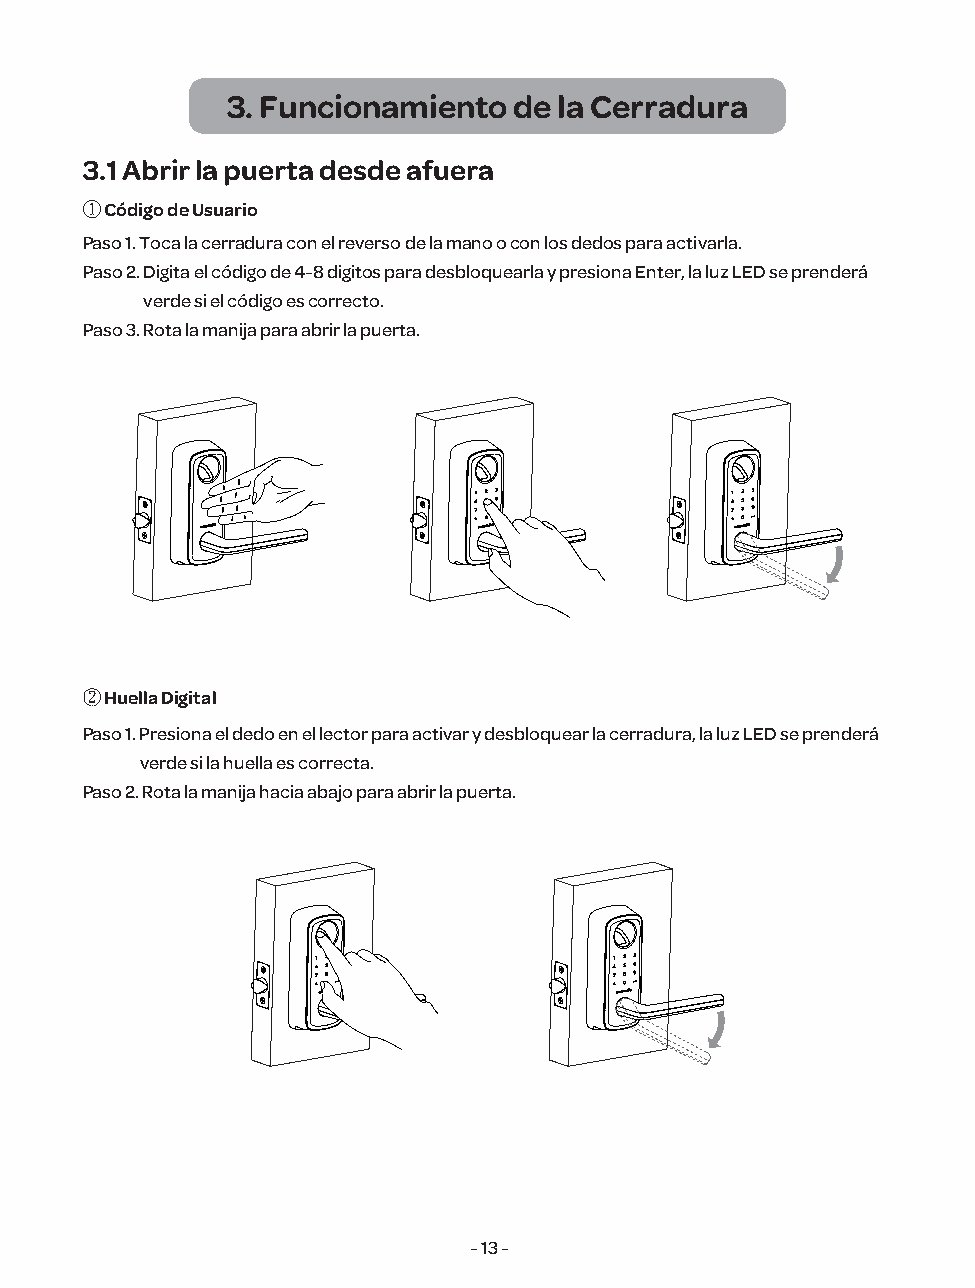
3. Funcionamiento  de la Cerradura
 3.1 Abrir la puerta desde afuera
 ① Código de Usuario
 Paso 1. Toca la cerradura con el reverso de la mano o con los dedos para activarla.
 Paso 2. Digita el código de 4-8 digitos para desbloquearla y presiona Enter, la luz LED se prenderá
 verde si el código es correcto.
 Paso 3. Rota la manija para abrir la puerta.
 ② Huella Digital
 Paso 1. Presiona el dedo en el lector para activar y desbloquear la cerradura, la luz LED se prenderá
 verde si la huella es correcta.
 Paso 2. Rota la manija hacia abajo para abrir la puerta.
 - 13 -